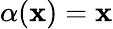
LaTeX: \alpha(\mathbf{x})=\mathbf{x}